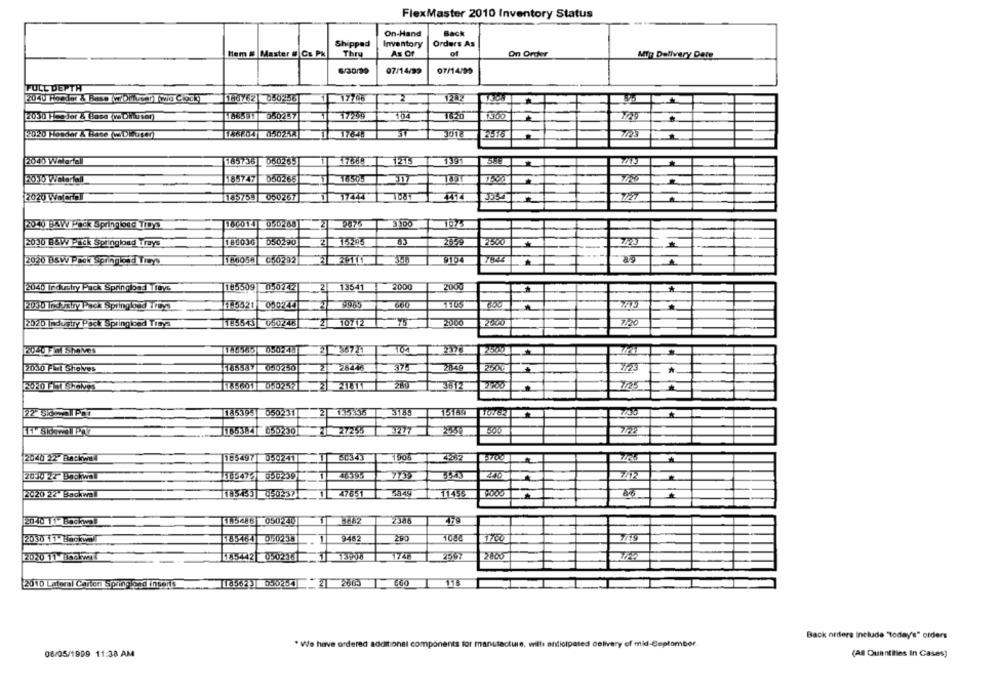
FlexMaster 2010 Inventory Status
On-Hand
Back
Shipped
Inventory
Orders As
Hem # Master # Cs Pk
Thry
As Of
of
On Order
MYy Delivery Date
30/99
07/14/99
07/14/95
FULL DEPTH
188762
17705
2030 Heeder & Boss (ve Di vsor)
186591
060257
17299
104
1620
2020 Hosdar & Hace (w Difuser)
17648
37
17568
1391
2040 Waarfall
185736
060265
1215
185747
050266
2020 Worral
1185758
060267
TOUT
727
9876
1075
2010 BAW Pack springloed Tiby:
160014
3
2010 B&W Pack Springload Trays
180036
050290
1524
2859
2500
186058
2020 BSW Pack Springlend Trays
056292
9154
1119
185509
050242
2
2000
2000
2040 Industry Pack Springbad |rays
13541
2010 Industry Packt pring 5 tys
0502251
9985
660
2020 Industry Pack Springbed Tibys
185543
050248
10712
75
2000
2020
7.20
050:44
2010 Fit Shelves
185587
050250
28446
2849
7/23
*
2020 Fht Shelves
185601
0502577
3 218
280
7425
3189
15185
22 50 wal Par
185395 050231
2 135336
1653841 650230
2 27255
2040 22 Backwal
185497 050241
60343
1905
4262
2030 22 Backwall
050239
2020 22 Backwell
0502371
47651
5849
.11455
2010 11 Backwall
105486 050240
2388
2030 11 Backwa
185164 050239
9482
1700
2020 11 Bnekwat
11 5432 050218
2010 Lateral Carten Springland Inserts
21 2665
Back orders Include "today's" orders
* We have ordered additional components for manufacture, will anticipated delivery of mid-September.
08/05/1999 11:38 AM
(Al Quantilies In Cases